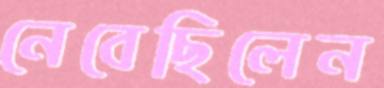
নেবেছিলেন